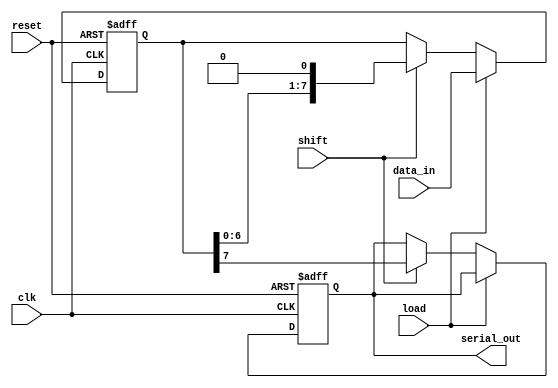
module PISO_Register #(
    parameter N = 8  // Width of the register (number of parallel input lines)
)(
    input  wire [N-1:0] data_in,  // Parallel input data
    input  wire load,              // Load control signal
    input  wire shift,             // Shift control signal
    input  wire clk,               // Clock signal
    input  wire reset,             // Reset signal
    output reg  serial_out         // Serial output data
);
    // Internal storage for the dynamic PISO register
    reg [N-1:0] storage;

    // Reset and load operation
    always @(posedge clk or posedge reset) begin
        if (reset) begin
            storage <= {N{1'b0}};  // Clear register to all zeros
            serial_out <= 1'b0;    // Clear serial output
        end else if (load) begin
            storage <= data_in;     // Load data from input
        end else if (shift) begin
            serial_out <= storage[N-1]; // Output MSB
            storage <= {storage[N-2:0], 1'b0}; // Shift left
        end
    end

endmodule